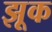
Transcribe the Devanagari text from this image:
झूक